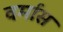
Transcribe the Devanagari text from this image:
वर्मास